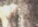
يجبرني